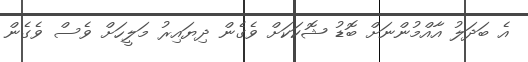
އެ ބަދަލު އާއްމުންނަށް ބޮޑު ޝޮކަކަށް ވެގެން ދިޔައިރު މަލީހަށް ވެސް ވެގެން